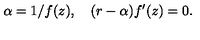
\alpha = 1 / f ( z ) , \quad ( r - \alpha ) f ^ { \prime } ( z ) = 0 .